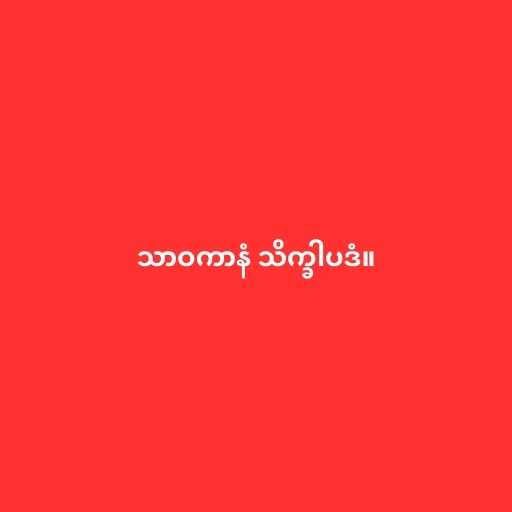
သာဝကာနံ သိက္ခါပဒံ။